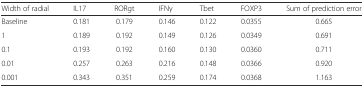
<table><thead><tr><td><b>Width of radial</b></td><td><b>IL17</b></td><td><b>RORgt</b></td><td><b>IFNγ</b></td><td><b>Tbet</b></td><td><b>FOXP3</b></td><td><b>Sum of prediction error</b></td></tr></thead><tbody><tr><td>Baseline</td><td>0.181</td><td>0.179</td><td>0.146</td><td>0.122</td><td>0.0355</td><td>0.665</td></tr><tr><td>1</td><td>0.189</td><td>0.192</td><td>0.149</td><td>0.126</td><td>0.0349</td><td>0.691</td></tr><tr><td>0.1</td><td>0.193</td><td>0.192</td><td>0.160</td><td>0.130</td><td>0.0360</td><td>0.711</td></tr><tr><td>0.01</td><td>0.257</td><td>0.263</td><td>0.216</td><td>0.148</td><td>0.0366</td><td>0.920</td></tr><tr><td>0.001</td><td>0.343</td><td>0.351</td><td>0.259</td><td>0.174</td><td>0.0368</td><td>1.163</td></tr></tbody></table>